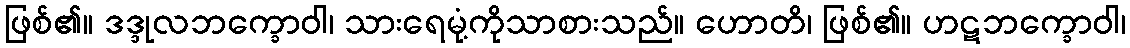
ဖြစ်၏။ ဒဒ္ဒုလဘက္ခောဝါ၊ သားရေမုံ့ကိုသာစားသည်။ ဟောတိ၊ ဖြစ်၏။ ဟဋဘက္ခောဝါ၊